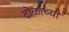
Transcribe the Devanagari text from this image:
टोळाच्या